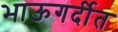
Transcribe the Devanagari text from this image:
भाऊगर्दीत